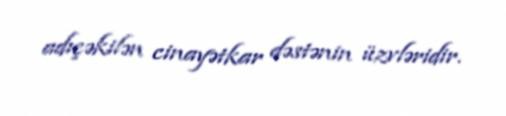
adıçəkilən cinayətkar dəstənin üzvləridir.